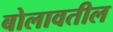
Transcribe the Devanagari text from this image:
बोलावतील